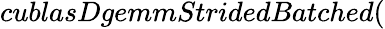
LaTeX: cublasDgemmStridedBatched(